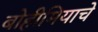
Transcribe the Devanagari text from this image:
बोहीमियाचे